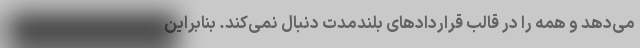
می‌دهد و همه را در قالب قراردادهای بلندمدت دنبال نمی‌کند. بنابراین